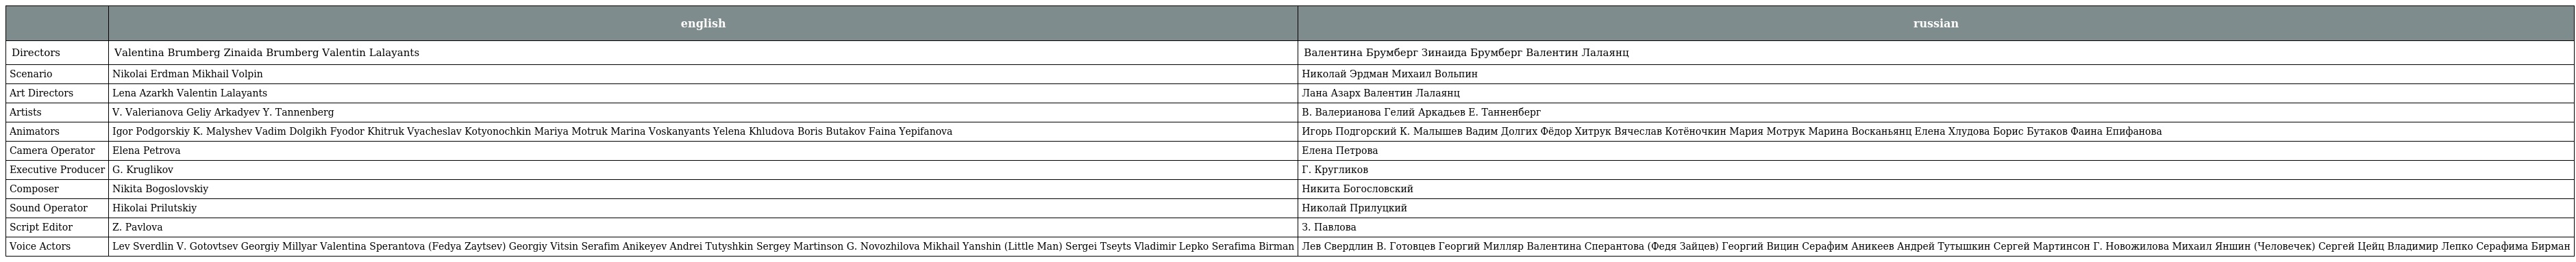
|  | english | russian |
 | --- | --- | --- |
 | Directors | Valentina Brumberg Zinaida Brumberg Valentin Lalayants | Валентина Брумберг Зинаида Брумберг Валентин Лалаянц |
 | Scenario | Nikolai Erdman Mikhail Volpin | Николай Эрдман Михаил Вольпин |
 | Art Directors | Lena Azarkh Valentin Lalayants | Лана Азарх Валентин Лалаянц |
 | Artists | V. Valerianova Geliy Arkadyev Y. Tannenberg | В. Валерианова Гелий Аркадьев Е. Танненберг |
 | Animators | Igor Podgorskiy K. Malyshev Vadim Dolgikh Fyodor Khitruk Vyacheslav Kotyonochkin Mariya Motruk Marina Voskanyants Yelena Khludova Boris Butakov Faina Yepifanova | Игорь Подгорский К. Малышев Вадим Долгих Фёдор Хитрук Вячеслав Котёночкин Мария Мотрук Марина Восканьянц Елена Хлудова Борис Бутаков Фаина Епифанова |
 | Camera Operator | Elena Petrova | Елена Петрова |
 | Executive Producer | G. Kruglikov | Г. Кругликов |
 | Composer | Nikita Bogoslovskiy | Никита Богословский |
 | Sound Operator | Hikolai Prilutskiy | Николай Прилуцкий |
 | Script Editor | Z. Pavlova | З. Павлова |
 | Voice Actors | Lev Sverdlin V. Gotovtsev Georgiy Millyar Valentina Sperantova (Fedya Zaytsev) Georgiy Vitsin Serafim Anikeyev Andrei Tutyshkin Sergey Martinson G. Novozhilova Mikhail Yanshin (Little Man) Sergei Tseyts Vladimir Lepko Serafima Birman | Лев Свердлин В. Готовцев Георгий Милляр Валентина Сперантова (Федя Зайцев) Георгий Вицин Серафим Аникеев Андрей Тутышкин Сергей Мартинсон Г. Новожилова Михаил Яншин (Человечек) Сергей Цейц Владимир Лепко Серафима Бирман |